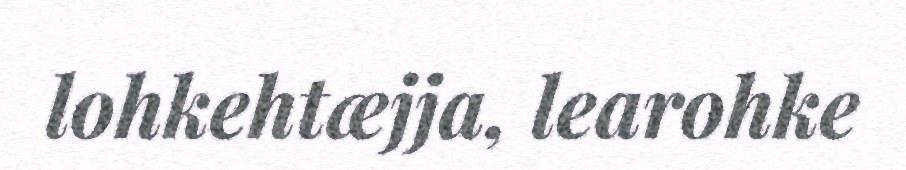
lohkehtæjja, learohke